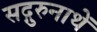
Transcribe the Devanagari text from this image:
सद्गुरुनाथें